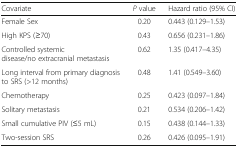
| Covariate | P value | Hazard ratio (95% CI) |
 | --- | --- | --- |
 | Female Sex | 0.20 | 0.443 (0.129–1.53) |
 | High KPS (≥70) | 0.43 | 0.656 (0.231–1.86) |
 | Controlled systemic disease/no extracranial metastasis | 0.62 | 1.35 (0.417–4.35) |
 | Long interval from primary diagnosis to SRS (>12 months) | 0.48 | 1.41 (0.549–3.60) |
 | Chemotherapy | 0.25 | 0.423 (0.097–1.84) |
 | Solitary metastasis | 0.21 | 0.534 (0.206–1.42) |
 | Small cumulative PIV (≤5 mL) | 0.15 | 0.438 (0.144–1.33) |
 | Two-session SRS | 0.26 | 0.426 (0.095–1.91) |